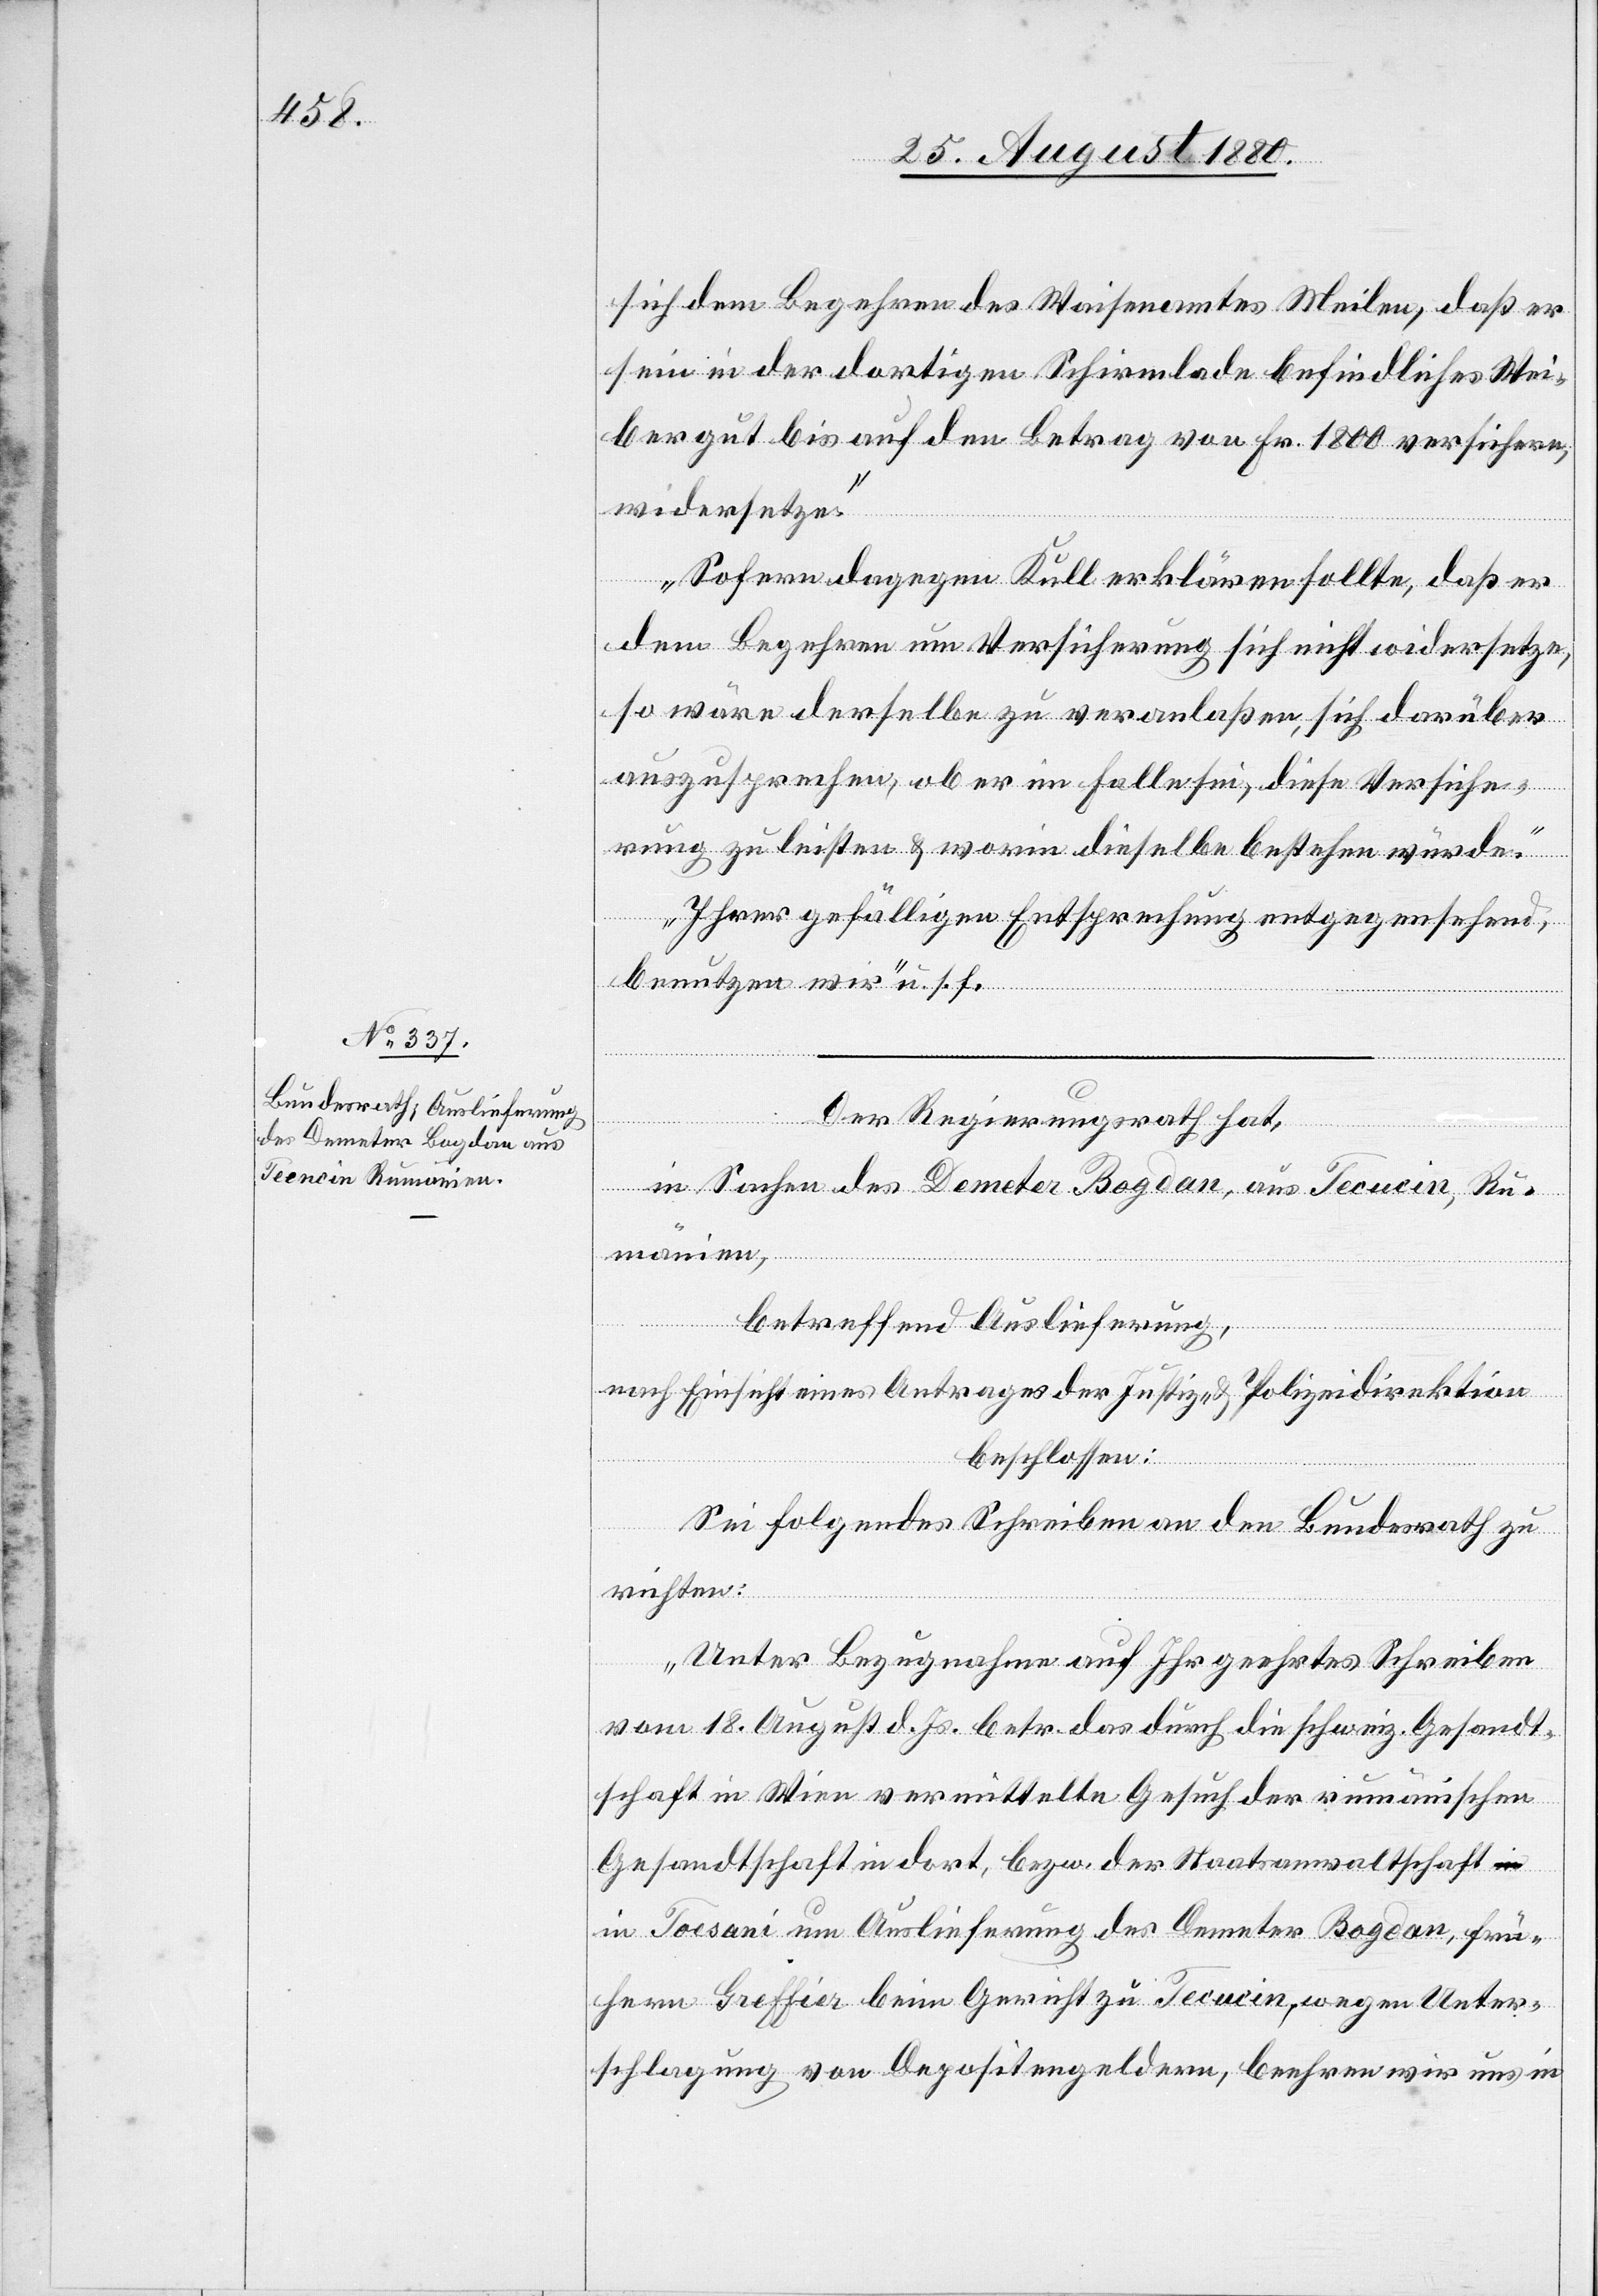
sich dem Begehren des Waisenamtes Meilen, daß er
sein in der dortigen Schirmlade befindliches Wei¬
bergut bis auf den Betrag von Fr. 1800 versichere,
widersetze.
Sofern dagegen Kull erklären sollte, daß er
dem Begehren um Versicherung sich nicht widersetze,
so wäre derselbe zu veranlaßen, sich darüber
auszusprechen, ob er im Falle sei, diese Versiche¬
rung zu leisten & worin dieselbe bestehen würde.
Ihrer gefälligen Entsprechung entgegensehend
benutzen wir“ u. s. f.
Der Regierungsrath hat,
in Sachen des Demeter Bogdan, aus Tecucin, Ru¬
mänien,
betreffend Auslieferung,
beschlossen:
Sei folgendes Schreiben an den Bundesrath zu
richten:
„Unter Bezugnahme auf Ihr geehrtes Schreiben
vom 18. August d. Js. betr. das durch die schweiz. Gesandt¬
schaft in Wien vermittelte Gesuch der rumänischen
Gesandtschaft in dort, bezw. der Staatsanwaltschaft
in Tocsani um Auslieferung des Demeter Bogdan, frü¬
heren Greffier beim Gericht zu Tecucin, wegen Unter¬
schlagung von Depositengeldern, beehren wir uns in